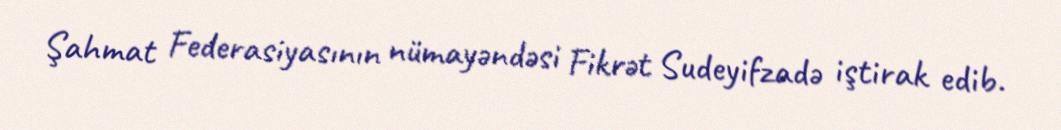
Şahmat Federasiyasının nümayəndəsi Fikrət Sudeyifzadə iştirak edib.